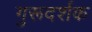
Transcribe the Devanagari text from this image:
गुरूदर्शक